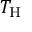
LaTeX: T _ { \mathrm { { H } } }